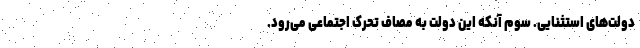
دولت‌های استثنایی. سوم آنکه این دولت به مصاف تحرک اجتماعی می‌رود.